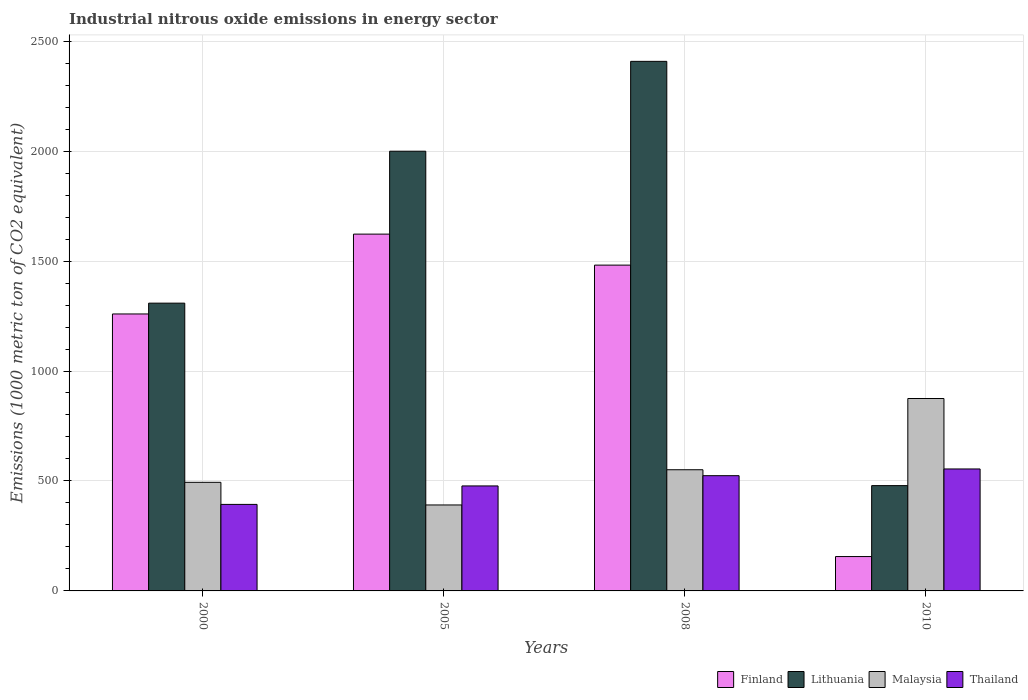
| Years | Finland | Lithuania | Malaysia | Thailand |
 | --- | --- | --- | --- | --- |
 | 2000 | 1.26e+03 | 1.31e+03 | 494 | 393 |
 | 2005 | 1.62e+03 | 2e+03 | 391 | 477 |
 | 2008 | 1.48e+03 | 2.41e+03 | 551 | 524 |
 | 2010 | 156 | 479 | 875 | 555 |